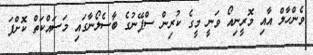
ވެންހާލް އާއި މޮރީނިއޯ ވަނީ މީގެ ކުރިން ސްޕޭނުގެ ބާސެލޯނާގައި މަސައްކަތް ކޮށްފަ